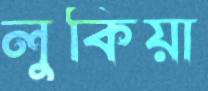
লুকিয়া